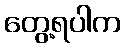
တွေ့ရပါက